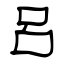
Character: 呂